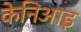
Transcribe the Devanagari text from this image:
केनिआइ